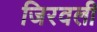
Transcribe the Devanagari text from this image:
जिरवली